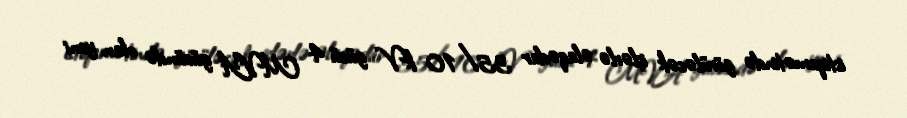
istiqamətində görüləcək işlərlə əlaqədar 35/10 kV gücü 4 MVA gücündə olan yeni